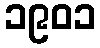
၁၉၀၁